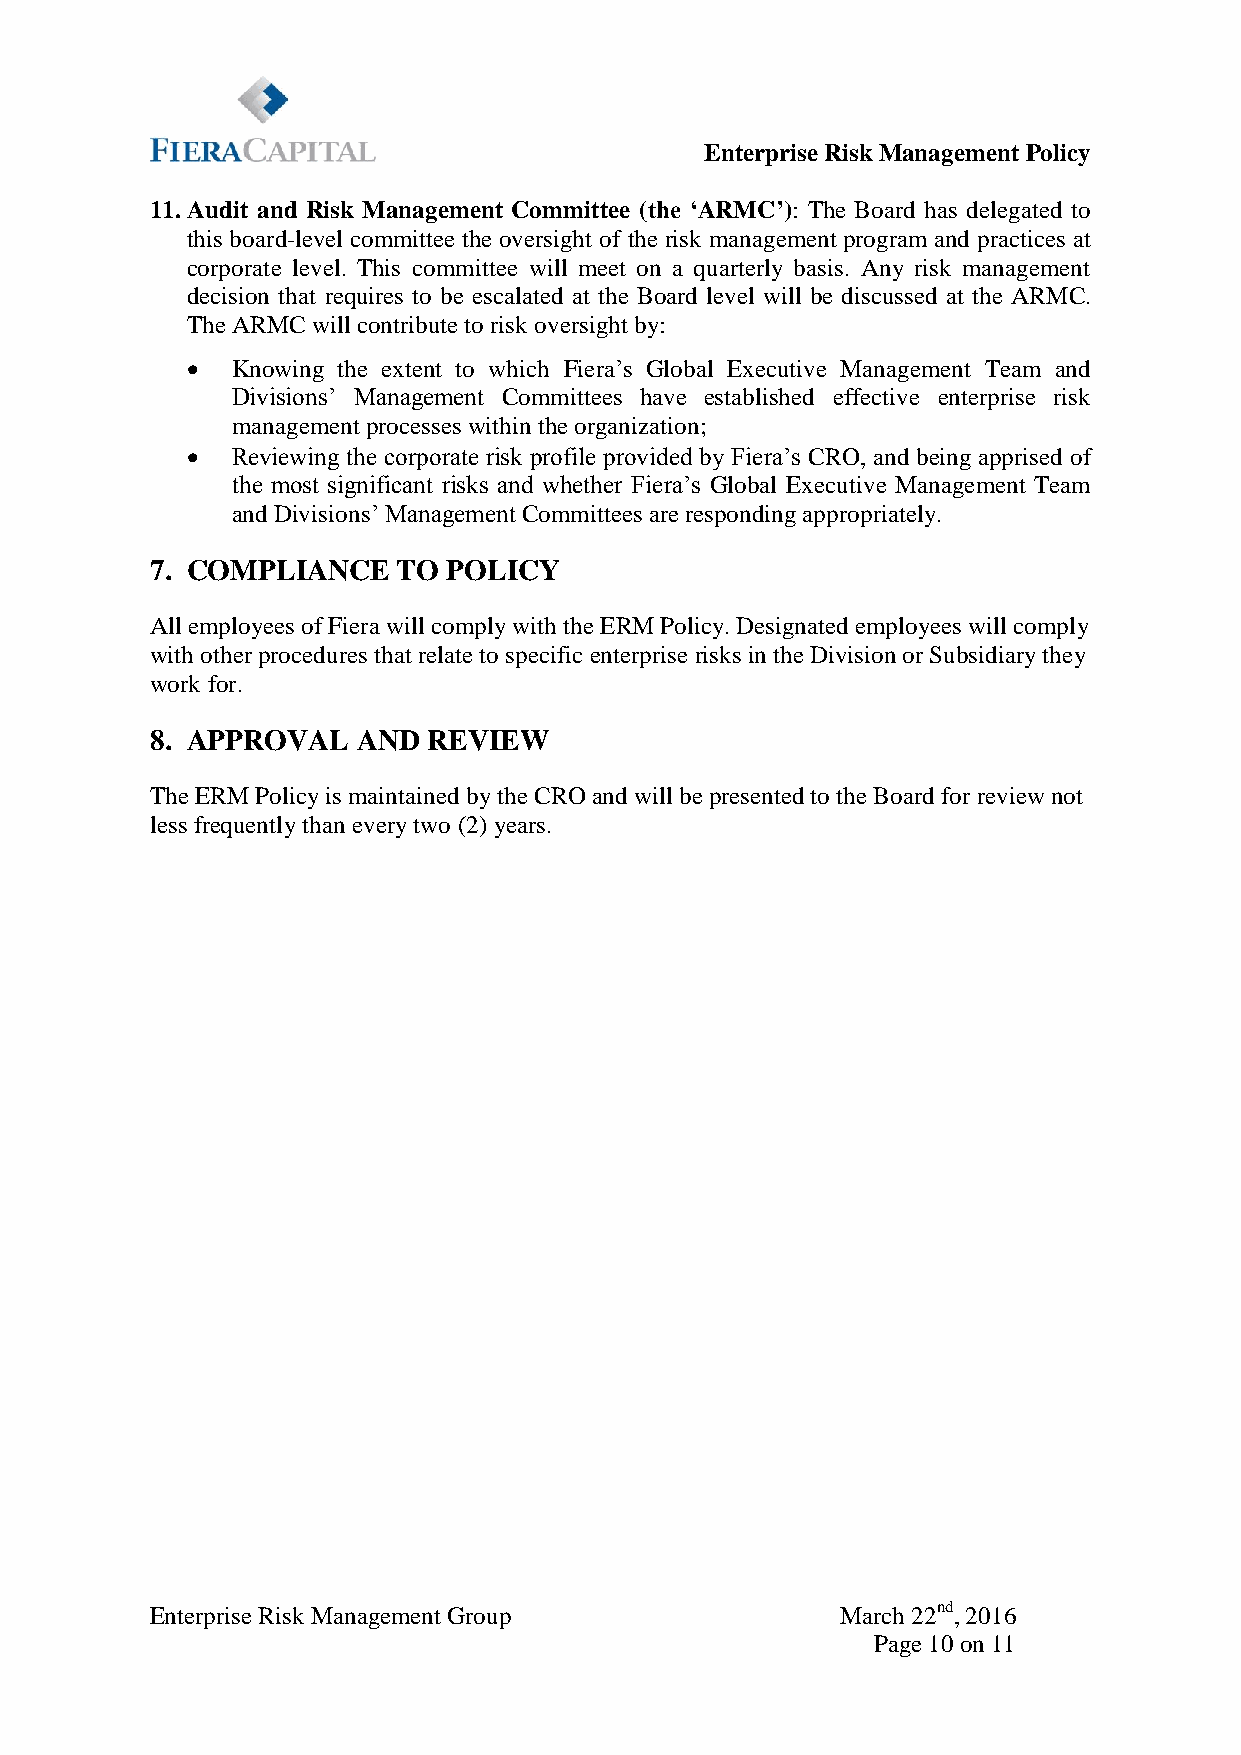
Enterprise Risk Management Policy
 11. Audit and Risk Management Committee (the ‘ARMC’): The Board has delegated to
 this board-level committee the oversight of the risk management program and practices at
 corporate level. This committee will meet on a quarterly basis. Any risk management
 decision that requires to be escalated at the Board level will be discussed at the ARMC.
 The ARMC will contribute to risk oversight by:
   Knowing the extent to which Fiera’s Global Executive Management Team and
 Divisions’ Management Committees have established effective enterprise risk
 management processes within the organization;
   Reviewing the corporate risk profile provided by Fiera’s CRO, and being apprised of
 the most significant risks and whether Fiera’s Global Executive Management Team
 and Divisions’ Management Committees are responding appropriately.
 7. COMPLIANCE   TO  POLICY
 All employees of Fiera will comply with the ERM Policy. Designated employees will comply
 with other procedures that relate to specific enterprise risks in the Division or Subsidiary they
 work for.
 8. APPROVAL   AND REVIEW
 The ERM Policy is maintained by the CRO and will be presented to the Board for review not
 less frequently than every two (2) years.
 Enterprise Risk Management Group              March 22nd, 2016
 Page 10 on 11